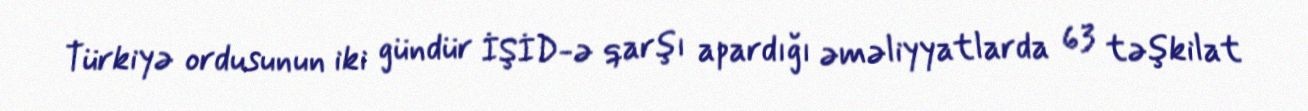
Türkiyə ordusunun iki gündür İŞİD-ə qarşı apardığı əməliyyatlarda 63 təşkilat